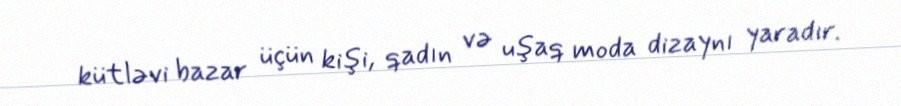
kütləvi bazar üçün kişi, qadın və uşaq moda dizaynı yaradır.